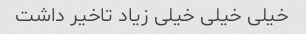
خیلی خیلی خیلی زیاد تاخیر داشت